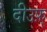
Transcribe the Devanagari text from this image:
दीउफ़्